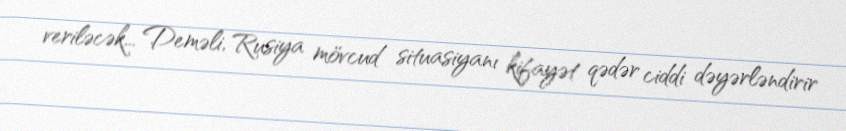
veriləcək... Deməli, Rusiya mövcud situasiyanı kifayət qədər ciddi dəyərləndirir